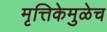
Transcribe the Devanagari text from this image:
मृत्तिकेमुळेच